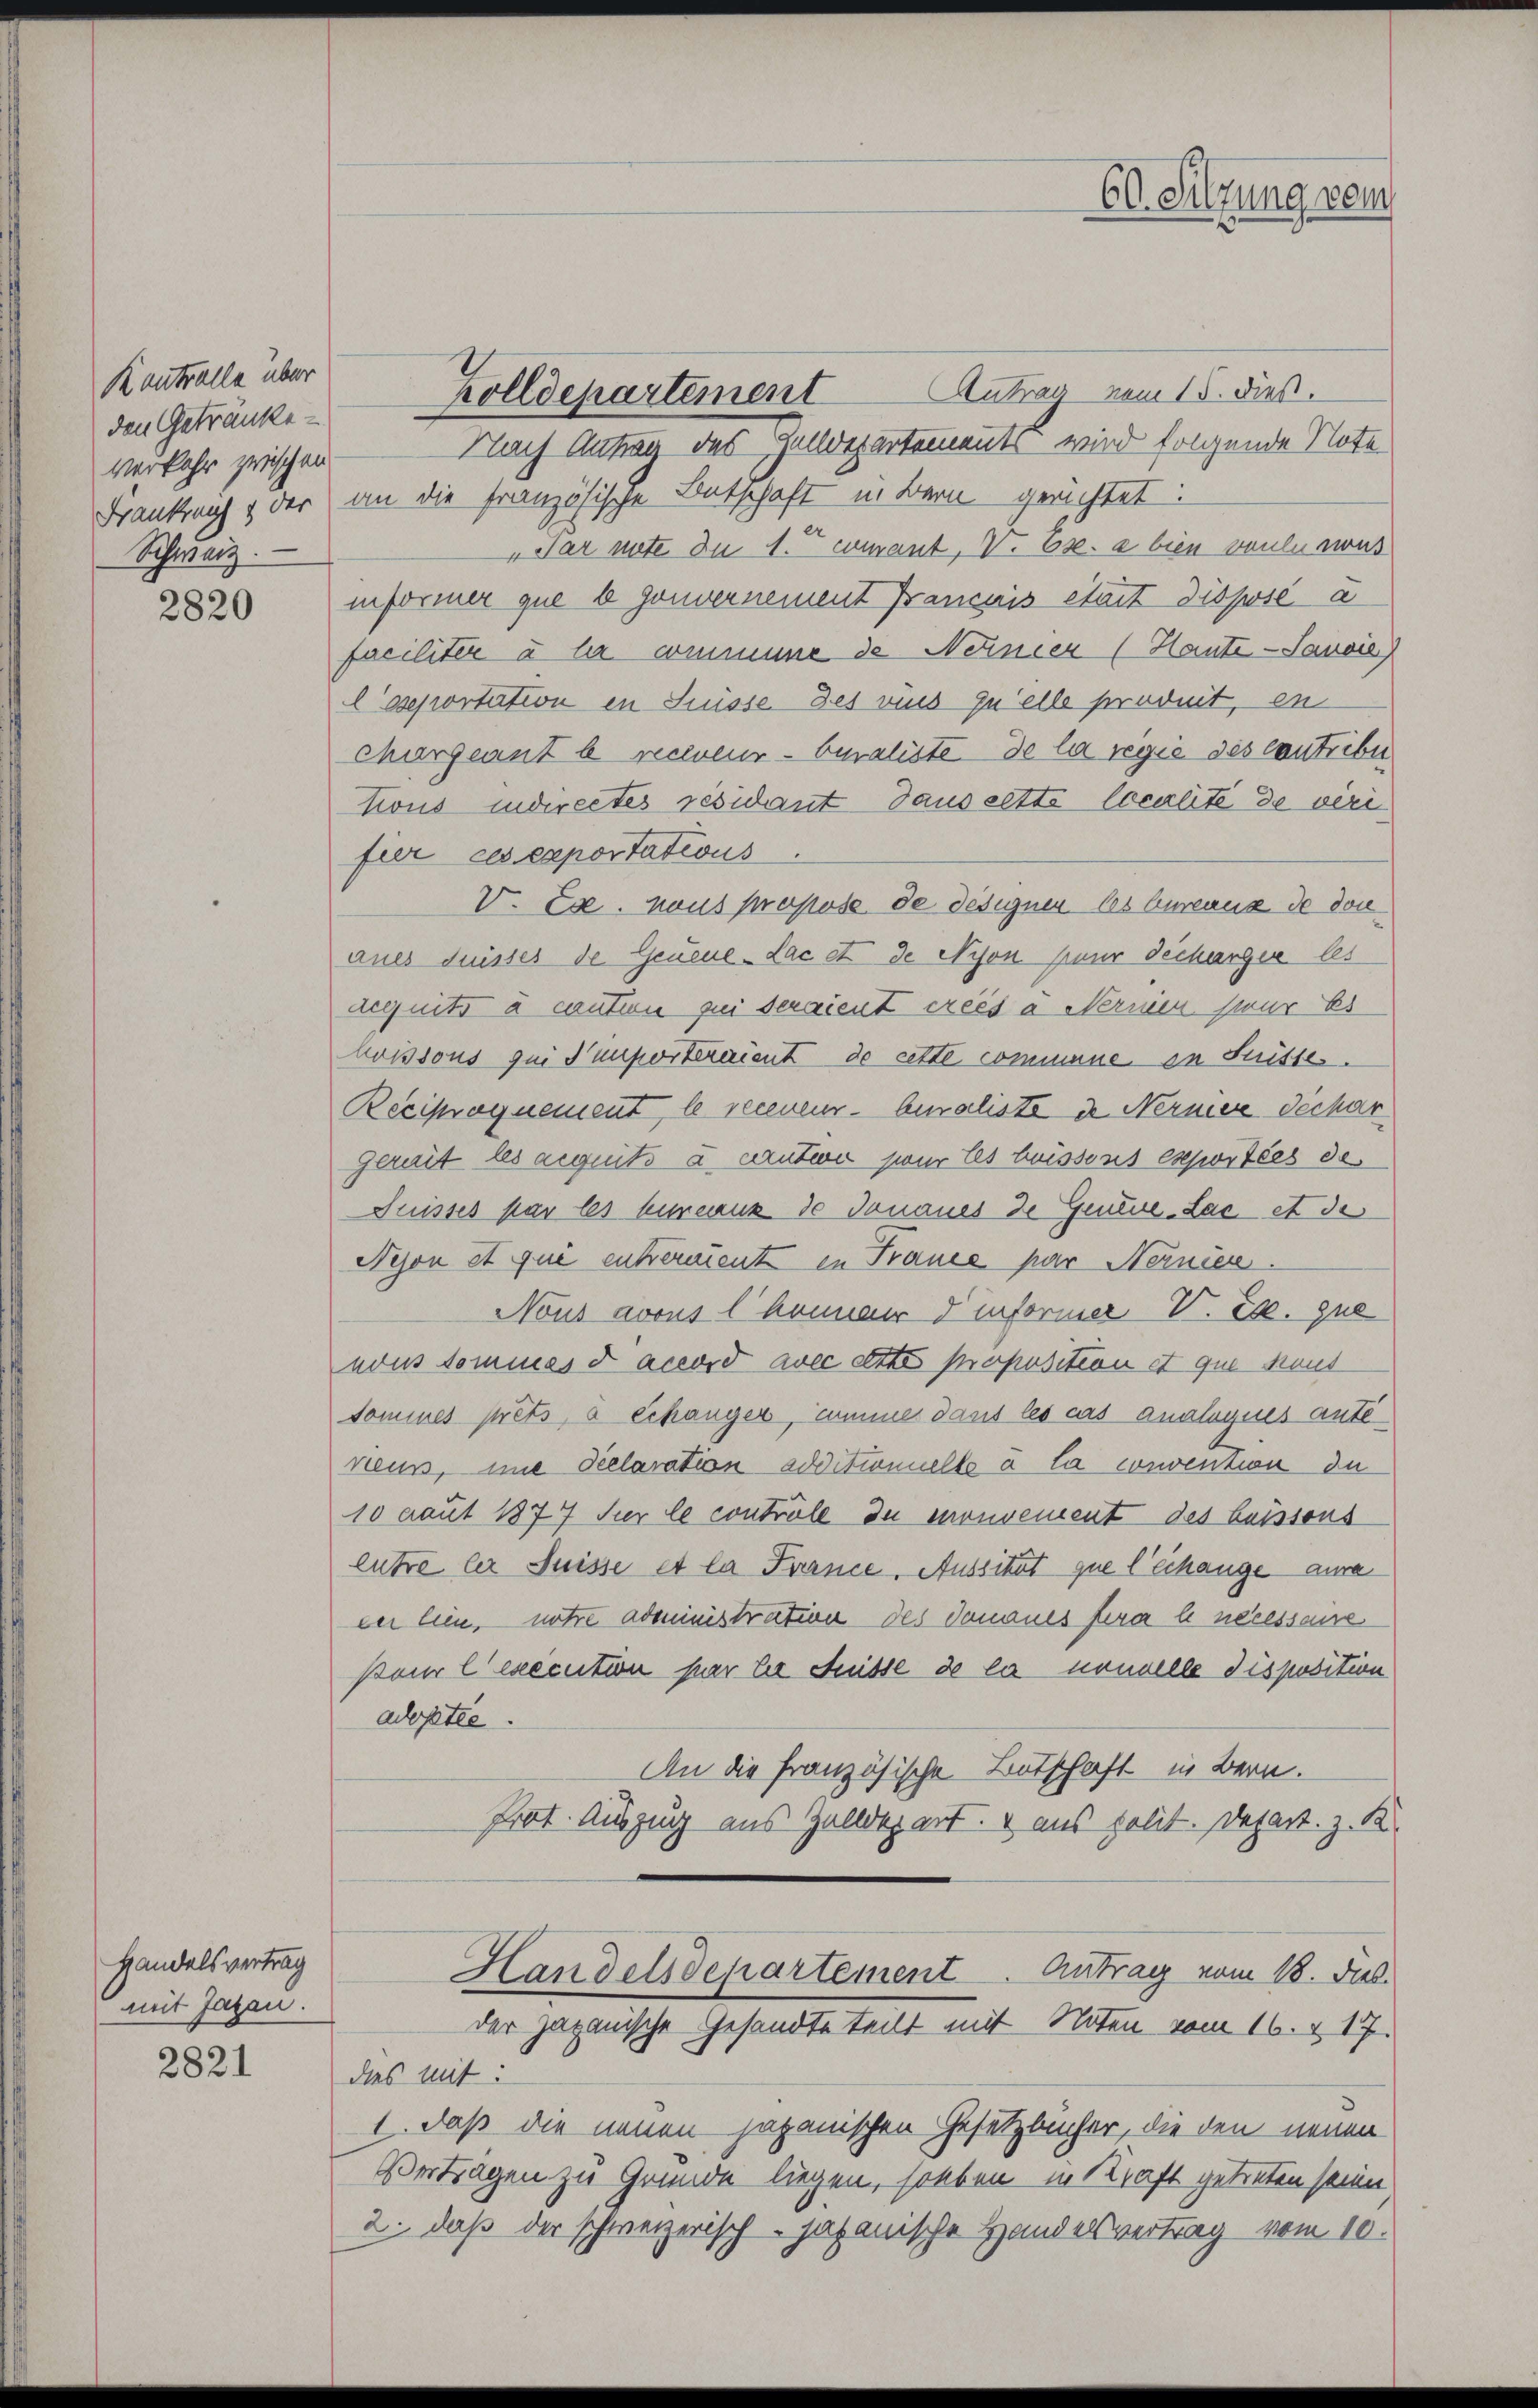
K antralle über
den Getränke
verkehr zwischen
Schweiz.

2820

Handelsvertrag
mit Jazan.

2821

Zolldepartement Antrag vom 15. dieß.
Nach Antrag des Zelldepartements wird folgende Note
Frankreich & der an die Französische Entschaft in Bern gerichtet:
" Par nite zu 1. comant. V. B. a bien vouluewus
informer que e gouvernement Français était disposé a
faciliter u hr commune de Nerner (Haute - Sancie
lsseportation in Küsse des ries zu elle produit, en
Chargeant b reclueur- beraliste de la regie des contribu
tions indirectes résidant Saussette localité de véri
fier ces exportations
V. Es haus propose de designer les bureaux de don
aues duisses de Geneue Lac et de Nyon pour Techarger les
dequits à caution zu seraient créés a Nernien zur Es
Moissous qui emporteraient de cette commene in Fristes.
Reciproquement, le receneur- Qualiste in Nernier déchar
Geruit les eigeits à cautio pour les buissons exportées de
Puisses par les bureaux de Jonaues de Gendne-Lac et der
Nejon et qui entrerment in France par Neinien.
Nous avous l Honner Verformer V. E. que
vons Sommes accord avec ette proposition et que Faus
sommes prêts, à échanger, Summe dans les cas analogues antereuss, ime declaration additionnelle à la convention du
10 laut 1877 für le controle du monoement des buissous
lutre ler Suisse et la France. Aussitat que l’échange aura
cer lein, notre administration des Donaues sera a necessame
Pour lexecution par la Suisse de la nouvelle disposition
adoptie.
An die französische Botschaft in Bern.
Prot. Auszug aus Zolldepart, & aus polit. Depart. z. B.
Handelsdepartement. Antrag vom 18. ds.
der zaganische Gesandte teilt mit Noten vom 16. d. 17.
dies mit:
1. daß die neuen japanischen Gesetzbücher, die den neuen
Vertragen zu Grunde liegen, soeben in Kraft getreten seien
2. daß der schweizerisch - japanische Handelsvertrag vom 10.

60. Sitzung vom